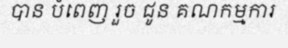
បាន បំពេញ រួច ជូន គណកម្មការ